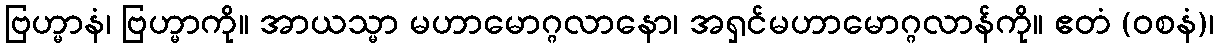
ဗြဟ္မာနံ၊ ဗြဟ္မာကို။ အာယသ္မာ မဟာမောဂ္ဂလာနော၊ အရှင်မဟာမောဂ္ဂလာန်ကို။ ဧတံ (ဝစနံ)၊